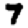
Digit: 7